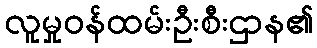
လူမှုဝန်ထမ်းဦးစီးဌာန၏